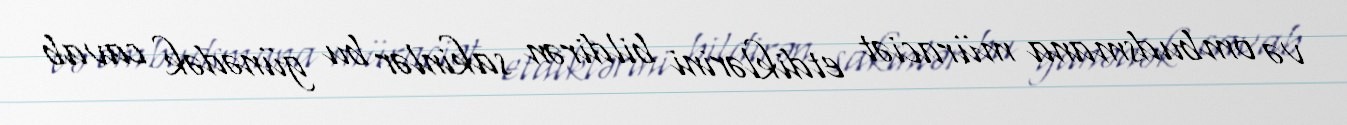
və ombudsmana müraciət etdiklərini bildirən sakinlər bu günədək cavab